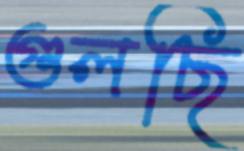
গুলছি